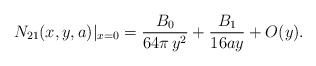
\begin{align*}N_{21}(x,y,a)|_{x=0}=\frac{B_{0}}{64\pi\,y^{2}}+\frac{B_{1}}{16ay}+O(y).\end{align*}